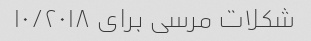
شکلات مرسی برای ۱۰/۲۰۱۸